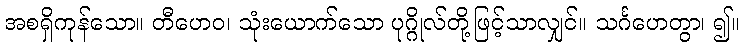
အစရှိကုန်သော။ တီဟေဝ၊ သုံးယောက်သော ပုဂ္ဂိုလ်တို့ဖြင့်သာလျှင်။ သင်္ဂဟေတွာ၊ ၍။